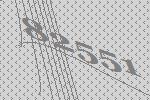
82551